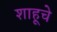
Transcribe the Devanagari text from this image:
शाहूचे